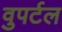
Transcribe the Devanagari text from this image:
वुपर्टल